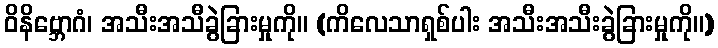
ဝိနိဗ္ဘောဂံ၊ အသီးအသီခွဲခြားမှုကို။ (ကိလေသာရှစ်ပါး အသီးအသီးခွဲခြားမှုကို။)